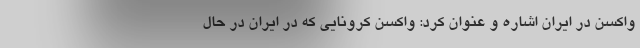
واکسن در ایران اشاره و عنوان کرد: واکسن کرونایی که در ایران در حال